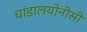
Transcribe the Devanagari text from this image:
चांडालयोनीसी